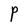
Character: P